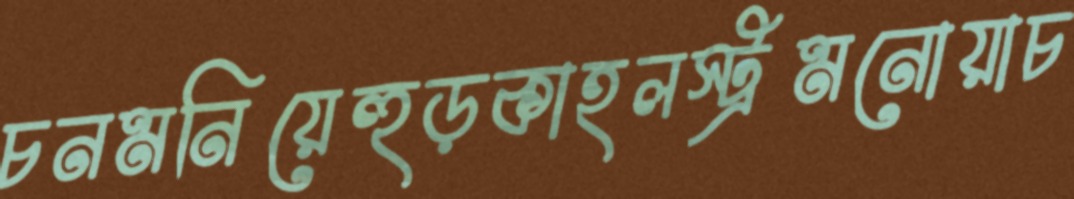
চনমনিয়েহুড়কাহলস্ট্রমনোয়াচ